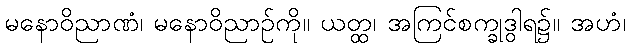
မနောဝိညာဏံ၊ မနောဝိညာဉ်ကို။ ယတ္ထ၊ အကြင်စက္ခုဒွါရ၌။ အဟံ၊